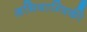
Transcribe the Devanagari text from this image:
अभियाम्त्रिकी